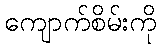
ကျောက်စိမ်းကို